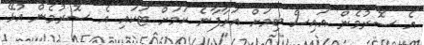
އެ ސޮރުމެން އައިސް ބިމަށް އަރާފާނެ ކަމަށް ޓަކައި އެ ސޮރުމެން އުޅޭ